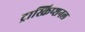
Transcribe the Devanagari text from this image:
ट्रास्क्रिप्शनल